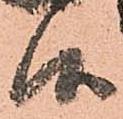
候